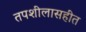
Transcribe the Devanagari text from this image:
तपशीलासहीत